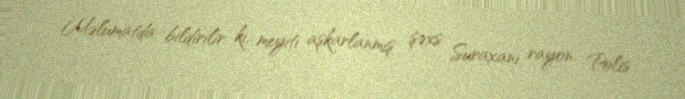
Məlumatda bildirilir ki, meyiti aşkarlanmış şəxs Suraxanı rayon Polis